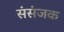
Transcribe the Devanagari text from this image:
संसंजक